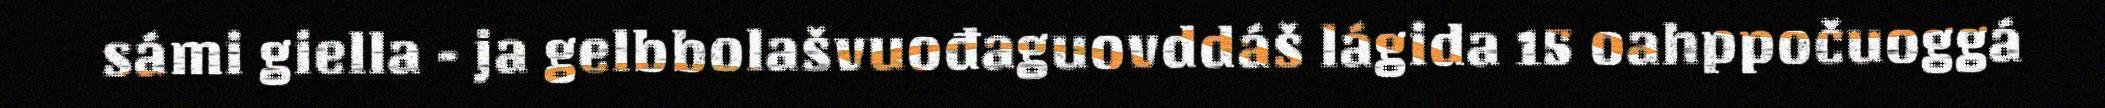
sámi giella - ja gelbbolašvuođaguovddáš lágida 15 oahppočuoggá